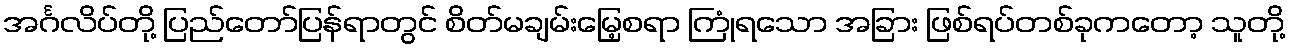
အင်္ဂလိပ်တို့ ပြည်တော်ပြန်ရာတွင် စိတ်မချမ်းမြေ့စရာ ကြုံရသော အခြား ဖြစ်ရပ်တစ်ခုကတော့ သူတို့